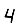
Digit: 4